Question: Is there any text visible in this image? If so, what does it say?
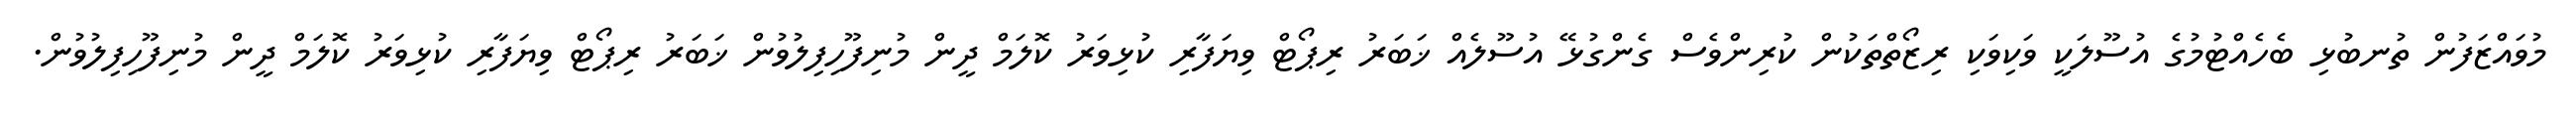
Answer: މުވައްޒަފުން ތުނބުޅި ބެހެއްޓުމުގެ އުސޫލަކީ ވަކިވަކި ރިޒޯތްތަކުން ކުރިންވެސް ގެންގުޅޭ އުސޫލެއް ޚަބަރު ރިޕޯޓް ވިޔަފާރި ކުޅިވަރު ކޮލަމް ދީން މުނިފޫހިފިލުވުން ޚަބަރު ރިޕޯޓް ވިޔަފާރި ކުޅިވަރު ކޮލަމް ދީން މުނިފޫހިފިލުވުން.